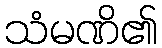
သံမဏိ၏